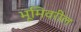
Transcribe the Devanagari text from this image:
भूमिवरील